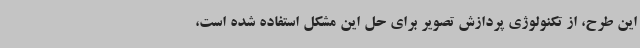
این طرح، از تکنولوژی پردازش تصویر برای حل این مشکل استفاده شده است،